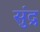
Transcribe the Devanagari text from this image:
सुंद्र